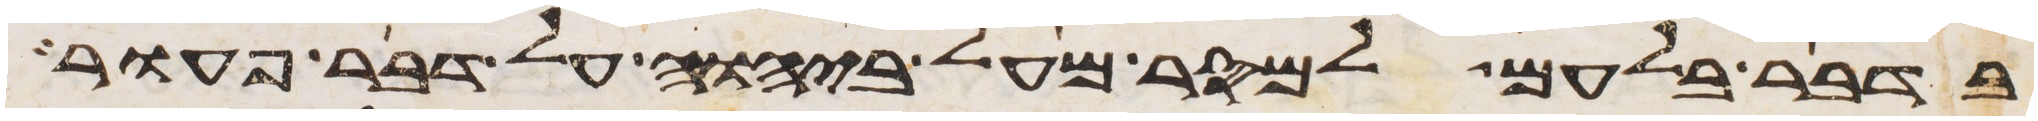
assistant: בדבר בלעם למסר מעל ביהוה על דבר פעור